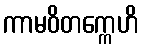
ကာမဝိတက္ကေဟိ